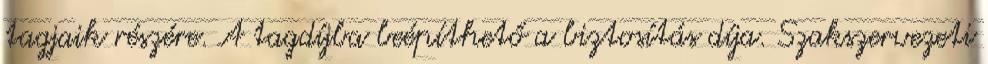
tagjaik részére. A tagdíjba beépíthető a biztosítás díja. Szakszervezeti